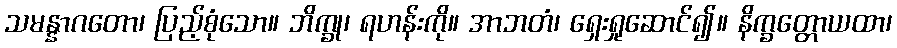
သမန္နာဂတော၊ ပြည့်စုံသော။ ဘိက္ခု၊ ရဟန်းကို။ အာဘတံ၊ ရှေးရှုဆောင်၍။ နိက္ခတ္တောယထာ၊